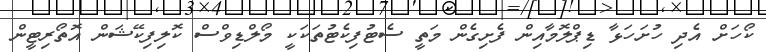
ކޯހަށް އެދި ހުށަހަޅާ ޑިޕްލޮމާއިން ފެށިގެން މަތީ ސެޓުފިކެޓުތަކަކީ މޯލްޑިވްސް ކޮލިފިކޭޝަން އޮތޯރިޓީން